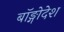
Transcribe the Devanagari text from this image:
बॉङ्गोदेश